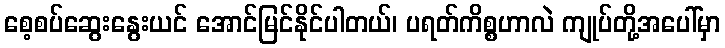
စေ့စပ်ဆွေးနွေးယင် အောင်မြင်နိုင်ပါတယ်၊ ပရတ်ကိစ္စဟာလဲ ကျုပ်တို့အပေါ်မှာ